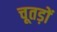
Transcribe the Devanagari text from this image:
चूतड़ों